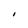
Character: I